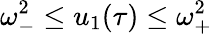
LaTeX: \omega_{-}^{2}\leq u_{1}(\tau)\leq\omega_{+}^{2}